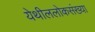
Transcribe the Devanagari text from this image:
येथीललोकसंख्या